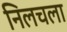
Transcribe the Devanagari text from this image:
निलचला